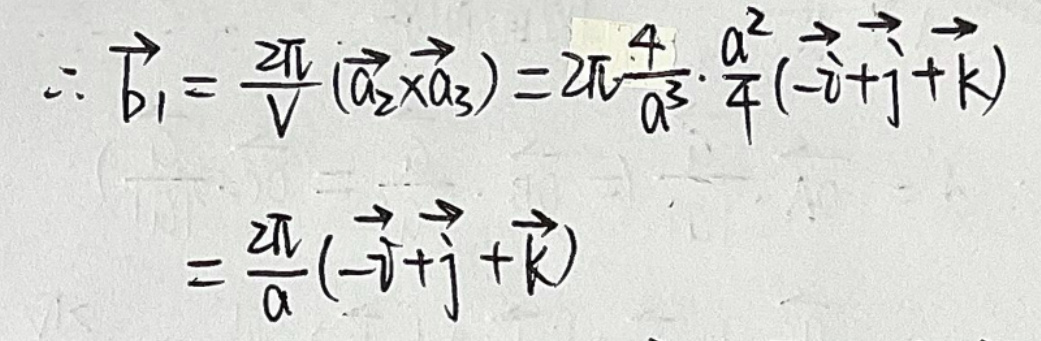
\(\therefore \vec{b}_{1}=\frac{2\pi}{V}(\vec{a}_{2}\times\vec{a}_{3})=2\pi\frac{4}{a^{3}}\cdot\frac{a^{2}}{4}(-\vec{i}+\vec{j}+\vec{k})\)

\(=\frac{2\pi}{a}(-\vec{i}+\vec{j}+\vec{k})\)